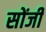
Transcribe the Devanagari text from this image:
सोंजी